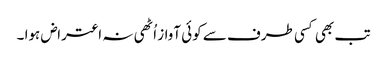
تب بھی کسی طرف سے کوئی آواز اُٹھی نہ اعتراض ہوا ۔